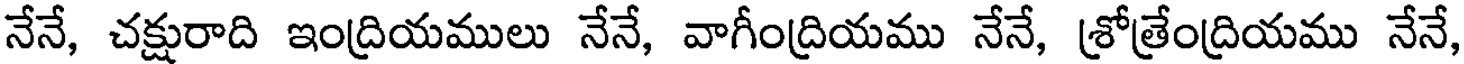
నేనే, చక్షురాది ఇంద్రియములు నేనే, వాగీంద్రియము నేనే, శ్రోత్రేంద్రియము నేనే,